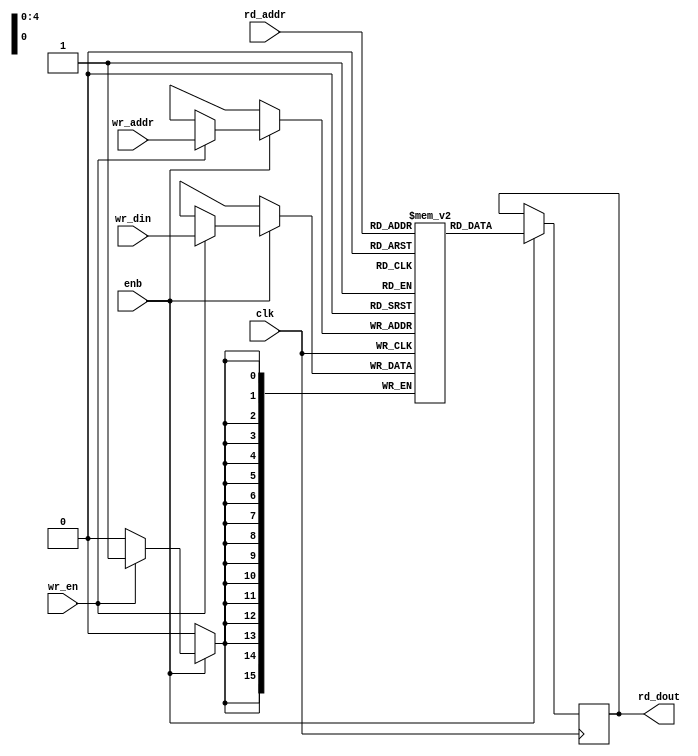
// -------------------------------------------------------------
// 
// 
// Generated by MATLAB 8.5 and HDL Coder 3.6
// 
// -------------------------------------------------------------


// -------------------------------------------------------------
// 
// Module: SimpleDualPortRAM_32x16b
// Source Path: fft_st/fft_st/FFT HDL Optimized/RADIX2FFT_KernelF_1/dataMEM_re_0_1_32x16b/SimpleDualPortRAM_32x16b
// Hierarchy Level: 4
// 
// -------------------------------------------------------------

`timescale 1 ns / 1 ns

module SimpleDualPortRAM_32x16b
          (
           clk,
           enb,
           wr_din,
           wr_addr,
           wr_en,
           rd_addr,
           rd_dout
          );


  input   clk;
  input   enb;
  input   signed [15:0] wr_din;  // sfix16
  input   [4:0] wr_addr;  // ufix5
  input   wr_en;  // ufix1
  input   [4:0] rd_addr;  // ufix5
  output  signed [15:0] rd_dout;  // sfix16

  parameter addr_width = 3'd5;
  parameter data_width = 5'd16;

  reg  [data_width - 1:0] ram [2**addr_width - 1:0];
  reg  [data_width - 1:0] data_int;
  integer i;

  initial begin
    for (i=0; i<=2**addr_width - 1; i=i+1) begin
      ram[i] = 0;
    end
    data_int = 0;
  end


  always @(posedge clk)
    begin : SimpleDualPortRAM_32x16b_process
      if (enb == 1'b1) begin
        if (wr_en == 1'b1) begin
          ram[wr_addr] <= wr_din;
        end
        data_int <= ram[rd_addr];
      end
    end

  assign rd_dout = data_int;

endmodule  // SimpleDualPortRAM_32x16b